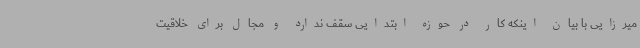
میرزایی با بیان اینکه کار در حوزه ابتدایی سقف ندارد و مجال برای خلاقیت